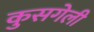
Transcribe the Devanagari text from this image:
कुसगेली